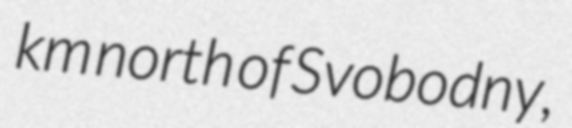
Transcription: km north of Svobodny,